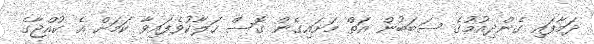
ދަމާފައި ގެންދިއުމުގެ ސަބަބުން އަތް މަށައިގެން ގޮސް ހަލާކުވެފައިވާ ކަމަށް އެ ކުއްޖާގެ